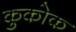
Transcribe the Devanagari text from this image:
कुकोक